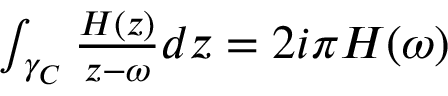
\begin{array} { r } { \int _ { \gamma _ { C } } \frac { H ( z ) } { z - \omega } d z = 2 i \pi H ( \omega ) } \end{array}